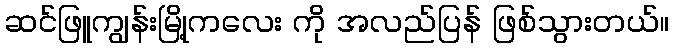
ဆင်ဖြူကျွန်းမြို့ကလေး ကို အလည်ပြန် ဖြစ်သွားတယ်။